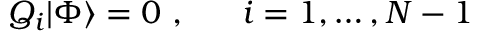
Q _ { i } | \Phi \rangle = 0 \ , \ \ \quad i = 1 , \ldots , N - 1